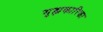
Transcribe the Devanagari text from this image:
गृह्यकारिका